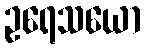
ဥရေသယော